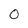
Character: 0